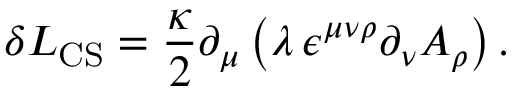
\delta { \cal L } _ { \mathrm { C S } } = \frac { \kappa } { 2 } \partial _ { \mu } \left( \lambda \, \epsilon ^ { \mu \nu \rho } \partial _ { \nu } A _ { \rho } \right) .